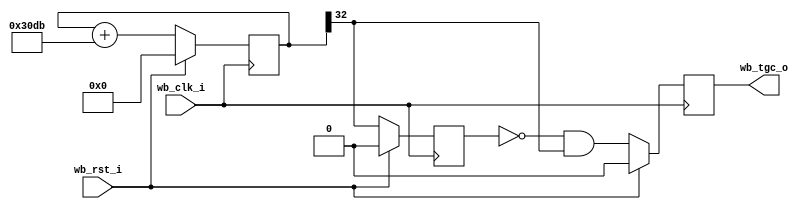
module timer #(
    parameter res   = 33,   
    parameter phase = 12507 
  )
  (
    input      wb_clk_i,	  	
    input      wb_rst_i,
    output reg wb_tgc_o   		
  );
  reg [res-1:0] cnt;
  reg           old_clk2;
  wire          clk2;
  assign clk2 = cnt[res-1];
  always @(posedge wb_clk_i)
    cnt <= wb_rst_i ? 0 : (cnt + phase);
  always @(posedge wb_clk_i)
    old_clk2 <= wb_rst_i ? 1'b0 : clk2;
  always @(posedge wb_clk_i)
    wb_tgc_o <= wb_rst_i ? 1'b0 : (!old_clk2 & clk2);
endmodule